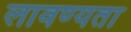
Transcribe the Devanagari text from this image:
लावण्‍यता